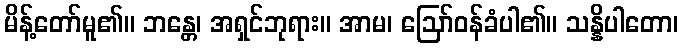
မိန့်တော်မူ၏။ ဘန္တေ၊ အရှင်ဘုရား။ အာမ၊ ဩော်ဝန်ခံပါ၏။ သန္နိပါတော၊